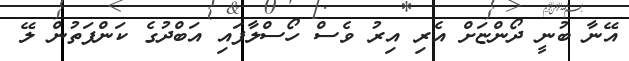
އޭނާ ބުނީ ދޯންޏަށް އެރި އިރު ވެސް ހޯސްލާފައި އަބްދުގެ ކަންފަތުން ލޭ